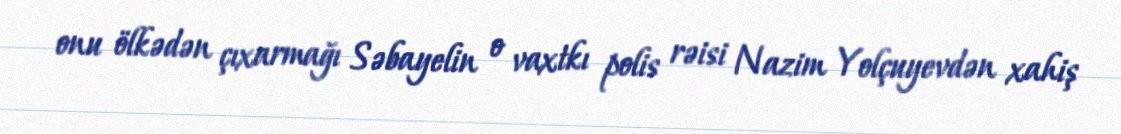
onu ölkədən çıxarmağı Səbayelin o vaxtkı polis rəisi Nazim Yolçuyevdən xahiş